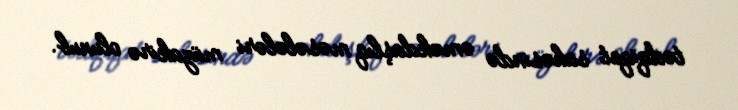
tədqiqat sahəsində əməkdaşlıq məsələləri müzakirə olunub.